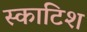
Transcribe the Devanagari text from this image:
स्‍काटिश